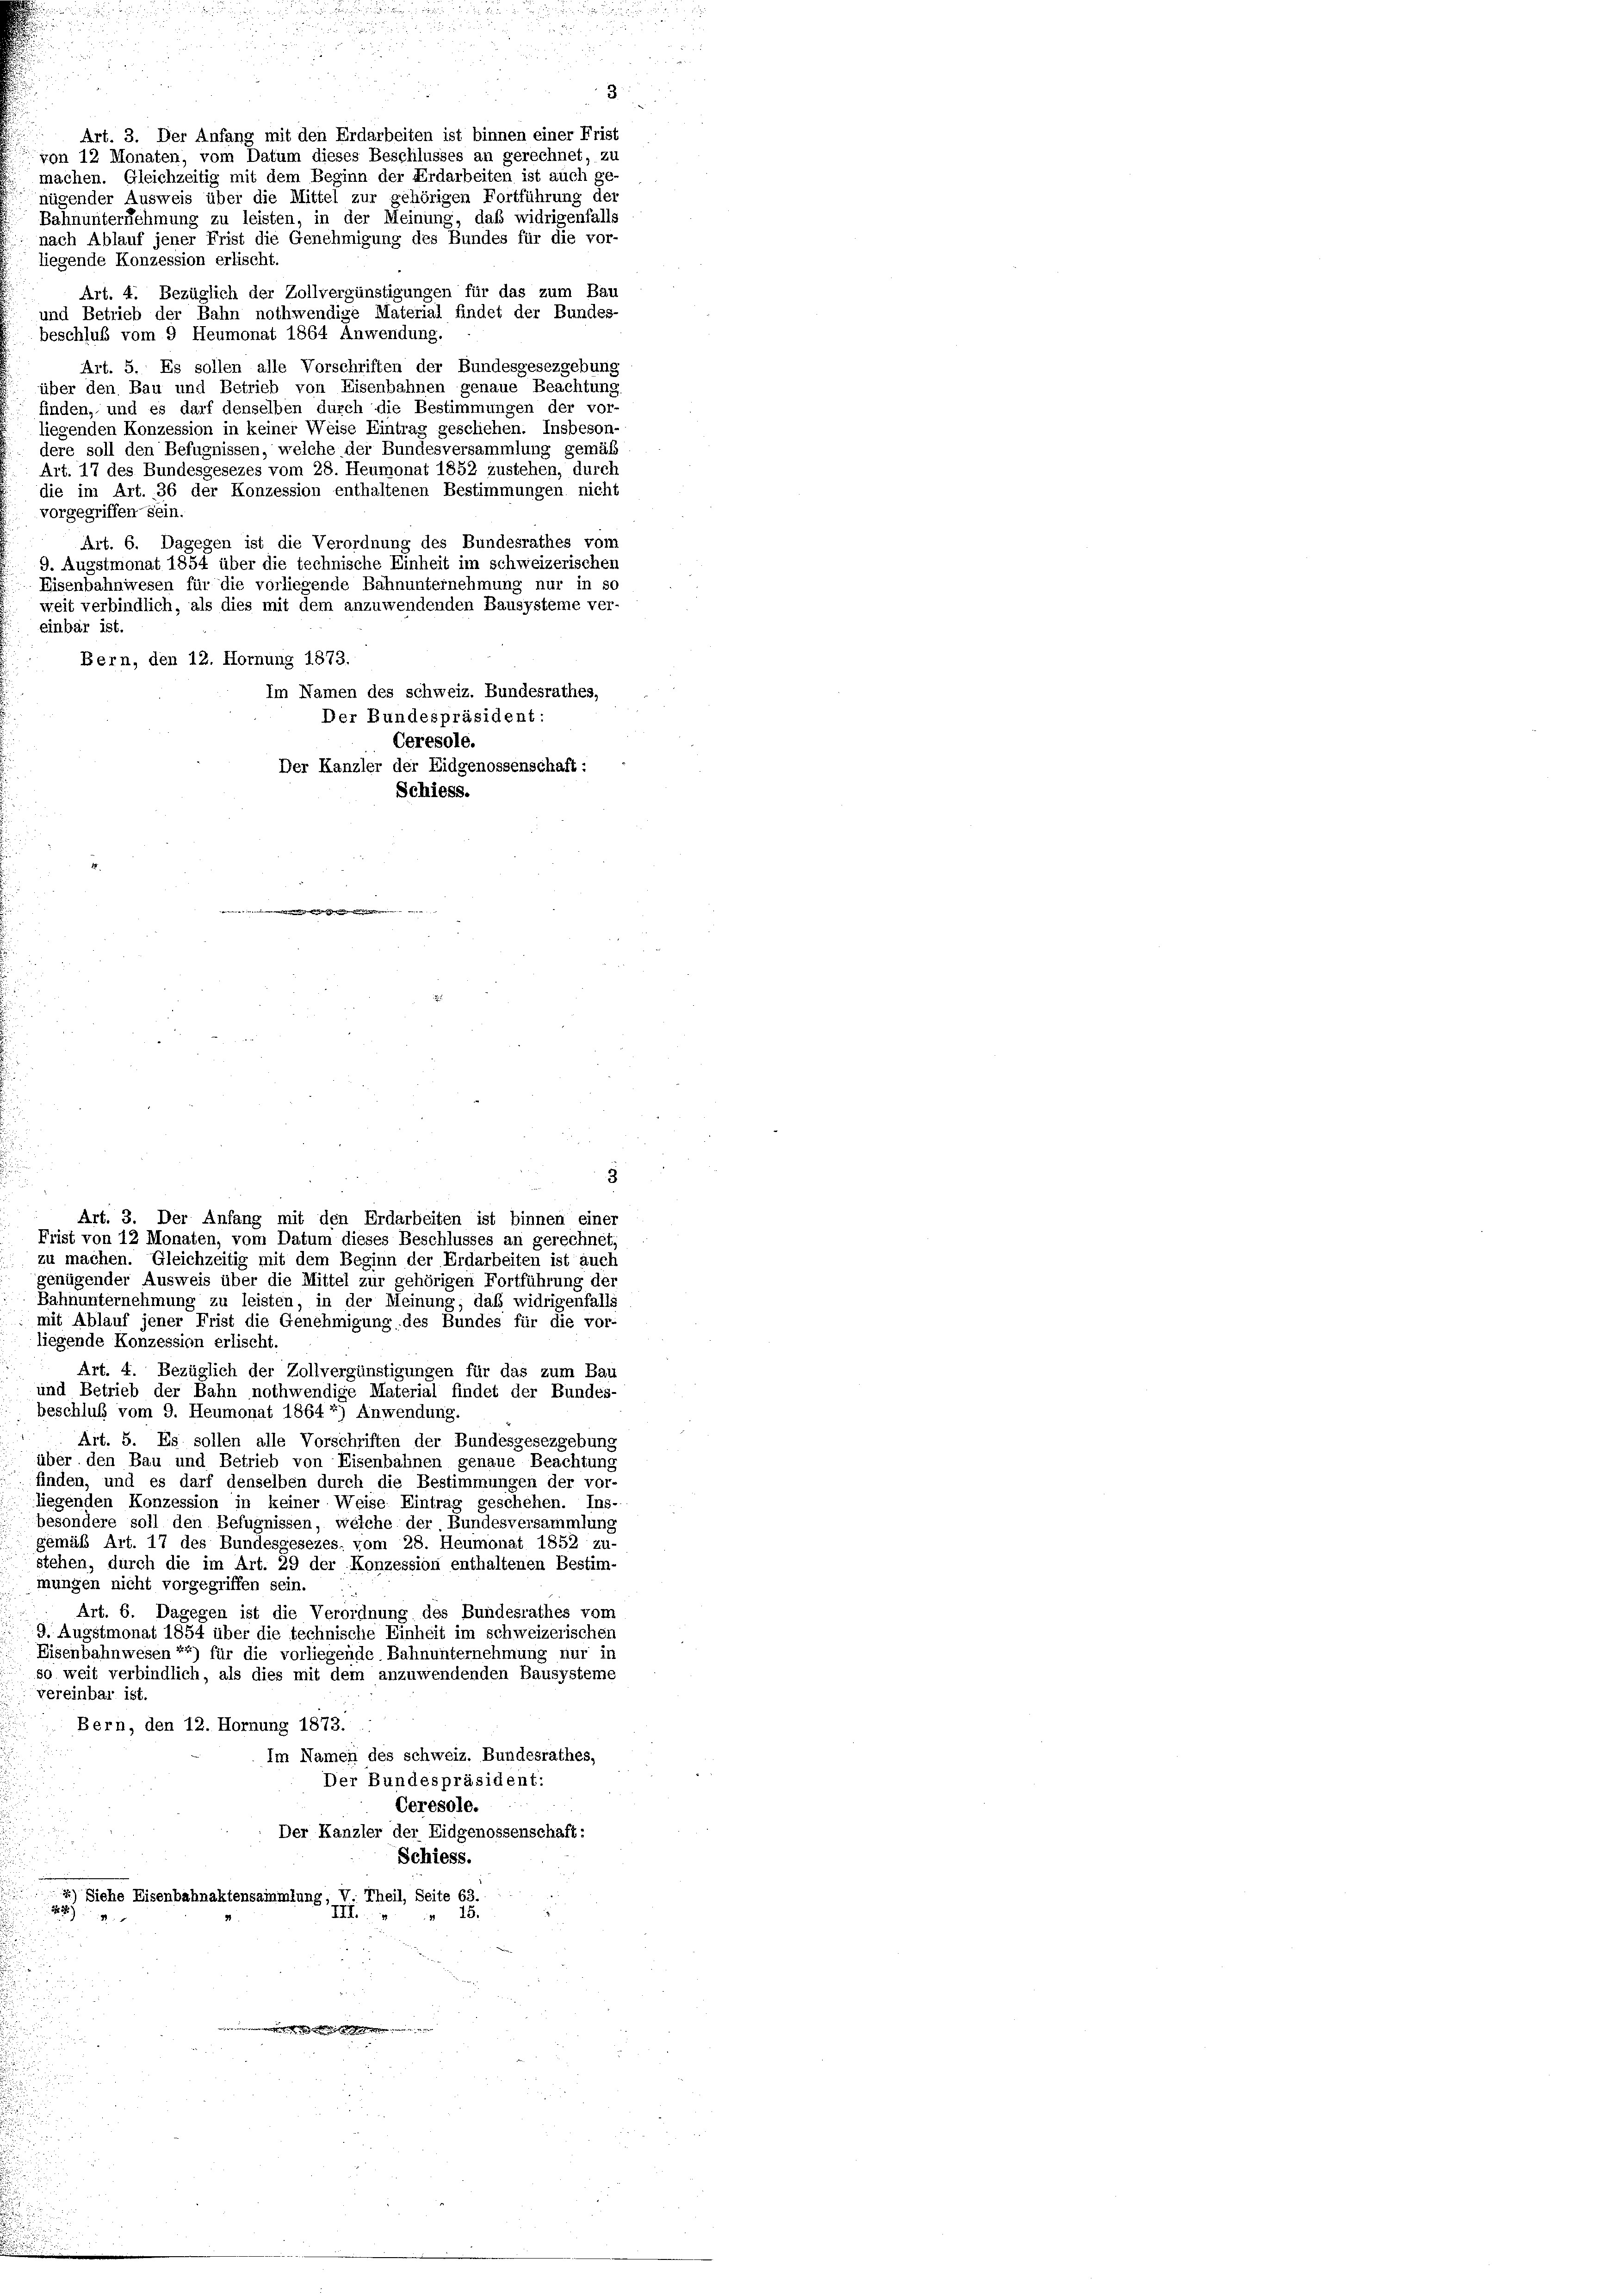
von 12 Monaten, vom Datum dieses Beschlusses an gerechnet, zu
machen. Gleichzeitig mit dem Beginn der Erdarbeiten ist auch ge-
nügender Ausweis über die Mittel zur gehörigen Fortführung der
Bahnunternehmung zu leisten, in der Meinung, daß widrigenfalls
nach Ablauf jener Frist die Genehmigung des Bundes für die vor-
liegende Konzession erlischt.
Art. 4. Bezüglich der Zollvergünstigungen für das zum Bau
und Betrieb der Bahn nothwendige Material findet der Bundes-
beschluß vom 9 Heumonat 1864 Anwendung.
Art. 5. Es sollen alle Vorschriften der Bundesgesezgebung
über den Bau und Betrieb von Eisenbahnen genaue Beachtung
finden, und es darf denselben durch die Bestimmungen der vor-
liegenden Konzession in keiner Weise Eintrag geschiehen. Insbeson-
dere soll den Befugnissen, welche der Bundesversammlung gemäß
Art. 17 des Bundesgesezes vom 28. Heumonat 1852 zustehen, durch
die im Art. 36 der Konzession enthaltenen Bestimmungen nicht
vorgegriffen sein
Art. 6. Dagegen ist die Verordnung des Bundesrathes vom
9. Augstmonat 1854 über die technische Einheit im schweizerischen
Eisenbahnwesen für die vorliegende Bahnunternehmung nur in so
weit verbindlich, als dies mit dem anzuwendenden Bausysteme ver-
einbar ist.
Bern, den 12. Hornung 1873.
Im Namen des schweiz. Bundesrathes,
Der Bundespräsident:
Ceresole.
Der Kanzler der Eidgenossenschaft:
Schiess.

Art. 3. Der Anfang mit den Erdarbeiten ist binnen einer Frist

Art. 3. Der Anfang mit den Erdarbeiten ist binnen einer
Frist von 12 Monaten, vom Datum dieses Beschlusses an gerechnet,
zu machen. Gleichzeitig mit dem Beginn der Erdarbeiten ist auch
genügender Ausweis über die Mittel zur gehörigen Fortführung der

3

3
Bahnunternehmung zu leisten, in der Meinung, daß widrigenfalls
mit Ablauf jener Frist die Genehmigung des Bundes für die vor-
liegende Konzession erlischt.
Art. 4. Bezüglich der Zollvergünstigungen für das zum Bau
und Betrieb der Bahn nothwendige Material findet der Bundes-
beschluß vom 9. Heumonat 1864 *) Anwendung.
Art. 5. Es sollen alle Vorschriften der Bundesgesezgebung
über den Bau und Betrieb von Eisenbahnen genaue Beachtung
finden, und es darf denselben durch die Bestimmungen der vor-
liegenden Konzession in keiner Weise Eintrag geschehen. Ins-
besondere soll den Befugnissen, welche der Bundesversammlung
gemäß Art. 17 des Bundesgesezes. vom 28. Heumonat 1852 zu-
stehen, durch die im Art. 29 der Konzession enthaltenen Bestim-
mungen nicht vorgegriffen sein.
Art. 6. Dagegen ist die Verordnung des Bundesrathes vom
9. Augstmonat 1854 über die technische Einheit im schweizerischen
Eisenbahnwesen *) für die vorliegende Bahnunternehmung nur in
 so weit verbindlich, als dies mit dem anzuwendenden Bausysteme
vereinbar ist
Bern, den 12. Hornung 1873.
Im Namen des schweiz. Bundesrathes,
Der Bundespräsident:
Ceresole.
Der Kanzler der Eidgenossenschaft:
Schiess.
*) Siehe Eisenbahnaktensammlung, V. Theil, Seite 63.
223)
5.